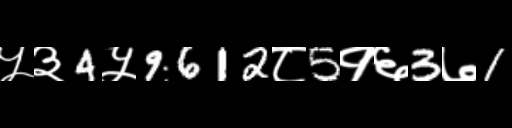
Text: ५३4५9612८5१६3७1